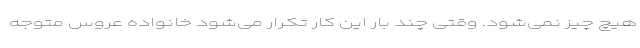
هیچ چیز نمی‌شود. وقتی چند بار این کار تکرار می‌شود خانواده عروس متوجه